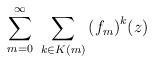
LaTeX: \begin{align*}\sum_{m=0}^{\infty} \ \sum_{k\in K(m)}{(f_m)}^k(z)\end{align*}